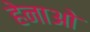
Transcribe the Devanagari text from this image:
हेनाओ